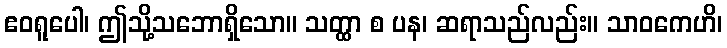
ဧဝရူပေါ၊ ဤသို့သဘောရှိသော။ သတ္ထာ စ ပန၊ ဆရာသည်လည်း။ သာဝကေဟိ၊